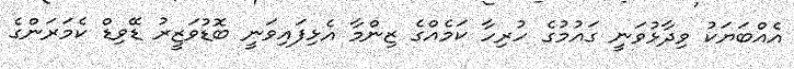
އެއްބަޔަކު ވިދާޅުވަނީ ގައުމުގެ ހުރިހާ ކަމެއްގެ ޒިންމާ އެޅިފައިވަނީ ބޮޑުވަޒީރު ޑޭވިޑް ކެމަރަންގެ